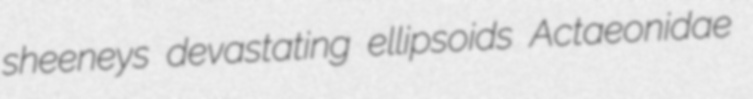
sheeneys devastating ellipsoids Actaeonidae